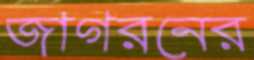
জাগরনের